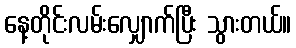
နေ့တိုင်းလမ်းလျှောက်ပြီး သွားတယ်။